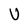
Character: U